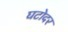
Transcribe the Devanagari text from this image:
घटोदर